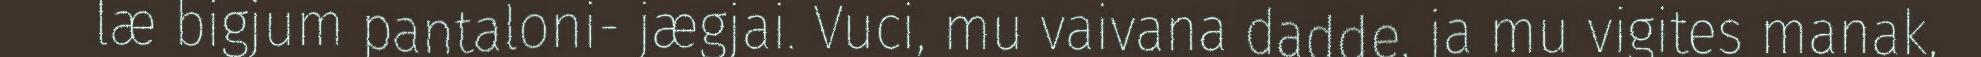
læ bigjum pantaloni- jægjai. Vuci, mu vaivana dadde, ja mu vigites manak,